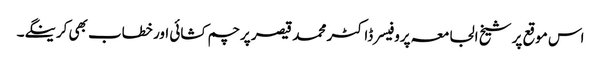
اس موقع پر شیخ الجامعہ پروفیسر ڈاکٹر محمد قیصر پرچم کشائی اور خطاب بھی کرینگے۔